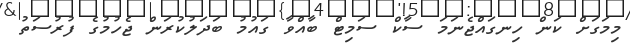
މިމަގަށް ކަން ހިނގައްޖެނަމަ ސާކް ސަމިޓް ބާއްވާ ގައުމު ބަދަލުކުރަން ޖެހުމުގެ ފުރުސަތު